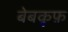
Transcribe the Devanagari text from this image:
बेबकूफ़